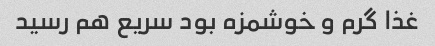
غذا گرم و خوشمزه بود سریع هم رسید